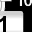
Digit: 1